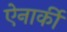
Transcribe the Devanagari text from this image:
ऐनार्की